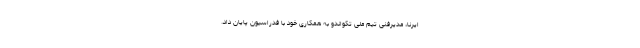
ایرنا، مدیرفنی تیم‌ ملی تکواندو به همکاری خود با فدراسیون پایان داد.